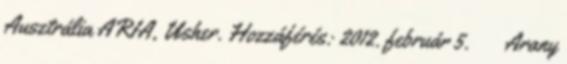
Ausztrália ARIA, Usher. Hozzáférés: 2012. február 5. ↑ Arany